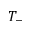
T _ { - }